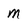
Character: m